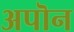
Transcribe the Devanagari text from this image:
अपॊन